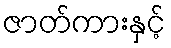
ဇာတ်ကားနှင့်